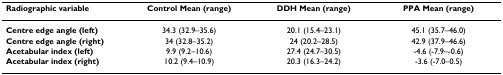
| Radiographic variable | Control Mean (range) | DDH Mean (range) | PPA Mean (range) |
 | --- | --- | --- | --- |
 | Centre edge angle (left) | 34.3 (32.9–35.6) | 20.1 (15.4–23.1) | 45.1 (35.7–46.0) |
 | Centre edge angle (right) | 34 (32.8–35.2) | 24 (20.2–28.5) | 42.9 (37.9–46.6) |
 | Acetabular index (left) | 9.9 (9.2–10.6) | 27.4 (24.7–30.5) | -4.6 (-7.9–-0.6) |
 | Acetabular index (right) | 10.2 (9.4–10.9) | 20.3 (16.3–24.2) | -3.6 (-7.0–0.5) |